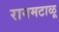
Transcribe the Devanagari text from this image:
रानमटाळू